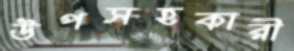
উপসহকারী